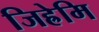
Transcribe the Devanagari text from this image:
जिह्रेमि